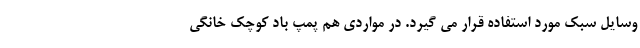
وسایل سبک مورد استفاده قرار می گیرد. در مواردی هم پمپ باد کوچک خانگی